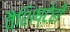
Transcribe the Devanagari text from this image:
वैशिष्टेही